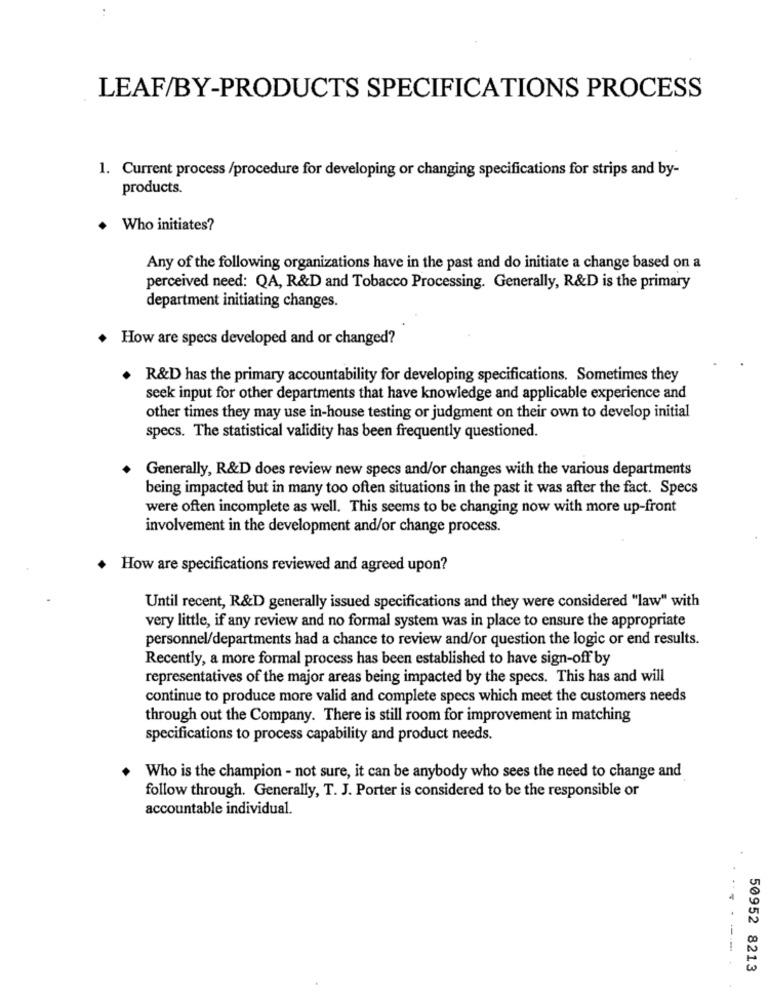
LEAF/BY-PRODUCTS SPECIFICATIONS PROCESS
1. Current process /procedure for developing or changing specifications for strips and by-
products.
Who initiates?
Any of the following organizations have in the past and do initiate a change based on a
perceived need: QA, R&D and Tobacco Processing. Generally, R&D is the primary
department initiating changes.
How are specs developed and or changed?
. R&D has the primary accountability for developing specifications. Sometimes they
seek input for other departments that have knowledge and applicable experience and
other times they may use in-house testing or judgment on their own to develop initial
specs. The statistical validity has been frequently questioned.
Generally, R&D does review new specs and/or changes with the various departments
being impacted but in many too often situations in the past it was after the fact. Specs
were often incomplete as well. This seems to be changing now with more up-front
involvement in the development and/or change process.
+ How are specifications reviewed and agreed upon?
Until recent, R&D generally issued specifications and they were considered "law" with
very little, if any review and no formal system was in place to ensure the appropriate
personnel/departments had a chance to review and/or question the logic or end results.
Recently, a more formal process has been established to have sign-off by
representatives of the major areas being impacted by the specs. This has and will
continue to produce more valid and complete specs which meet the customers needs
through out the Company. There is still room for improvement in matching
specifications to process capability and product needs.
Who is the champion - not sure, it can be anybody who sees the need to change and
follow through. Generally, T. J. Porter is considered to be the responsible or
accountable individual.
50952 8213